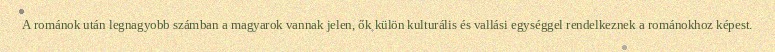
A románok után legnagyobb számban a magyarok vannak jelen, ők külön kulturális és vallási egységgel rendelkeznek a románokhoz képest.